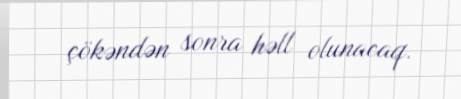
çökəndən sonra həll olunacaq.